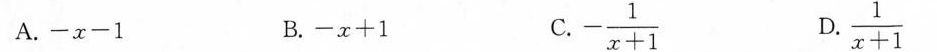
A.$$- x - 1$$ B.$$- x + 1$$ C. $$- \frac { 1 } { x + 1 }$$ D.$$\frac { 1 } { x + 1 }$$